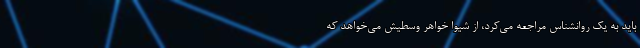
باید به یک روانشناس مراجعه می‌کرد، از شیوا خواهر وسطیش می‌خواهد که